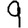
Digit: 9